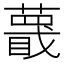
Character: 𬞱